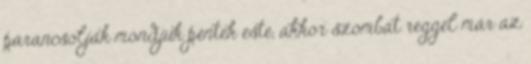
parancsolják mondjuk péntek este, akkor szombat reggel már az